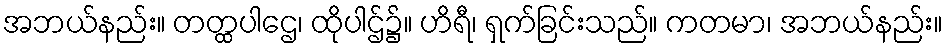
အဘယ်နည်း။ တတ္ထပါဌေ၊ ထိုပါဌ်၌။ ဟိရီ၊ ရှက်ခြင်းသည်။ ကတမာ၊ အဘယ်နည်း။